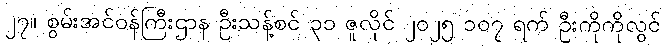
၂၇။ စွမ်းအင်ဝန်ကြီးဌာန ဦးသန့်စင် ၃၁ ဇူလိုင် ၂၀၂၅ ၁၀၇ ရက် ဦးကိုကိုလွင်